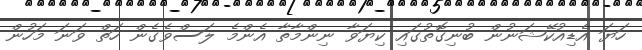
ހަޔަ އެޑިއުކޭޝަނުން ބުނިގޮތުގައި ކިޔަވާ ނިންމާތާ އެންމެ ލަސްވެގެން ހަތް ވަނަ މަހުން